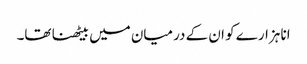
انا ہزارے کو ان کے درمیان میں بیٹھنا تھا۔